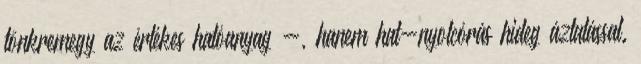
tönkremegy az értékes hatóanyag -, hanem hat-nyolcórás hideg áztatással.